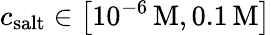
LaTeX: c_{\mathrm{salt}}\in\left[10^{-6}\, \mathrm{M},0.1\, \mathrm{M}\right]